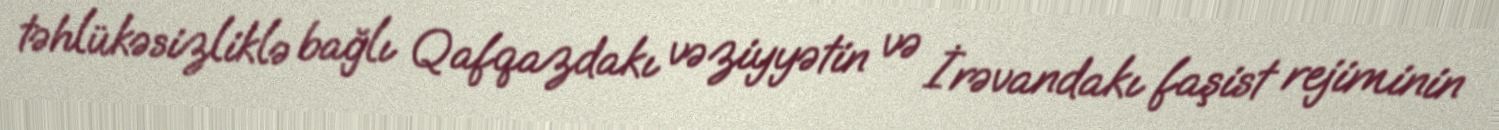
təhlükəsizliklə bağlı Qafqazdakı vəziyyətin və İrəvandakı faşist rejiminin